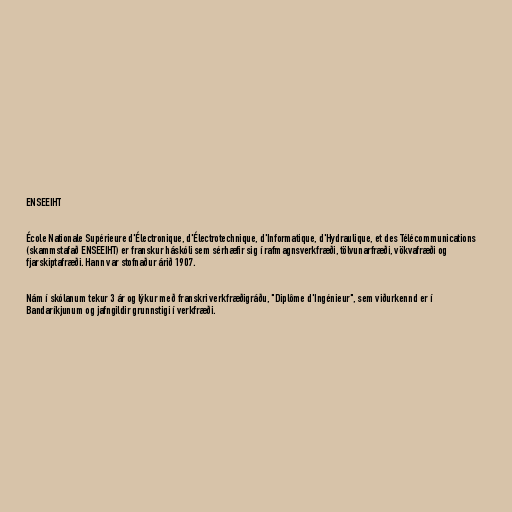
ENSEEIHT

École Nationale Supérieure d'Électronique, d'Électrotechnique, d'Informatique, d'Hydraulique, et des Télécommunications
(skammstafað ENSEEIHT) er franskur háskóli sem sérhæfir sig í rafmagnsverkfræði, tölvunarfræði, vökvafræði og
fjarskiptafræði. Hann var stofnaður árið 1907.

Nám í skólanum tekur 3 ár og lýkur með franskri verkfræðigráðu, "Diplôme d'Ingénieur", sem viðurkennd er í
Bandaríkjunum og jafngildir grunnstigi í verkfræði.